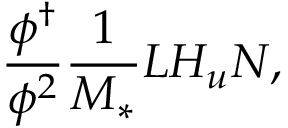
\frac { \phi ^ { \dagger } } { \phi ^ { 2 } } \frac { 1 } { M _ { * } } L H _ { u } N ,